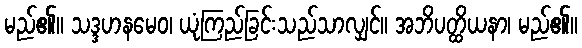
မည်၏။ သဒ္ဒဟနမေဝ၊ ယုံကြည်ခြင်းသည်သာလျှင်။ အဘိပတ္ထိယနာ၊ မည်၏။